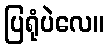
ပြရုံပဲလေ။